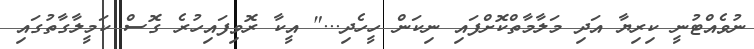
ނުވެއްޓުނީ ކިރިޔާ އަދި މަލާމާތްކޮށްފައި ނިކަން ހީހެދި..." އީކާ ރޮވިފައިހުރެ ގޮސް ކަމީލާގާތުގައި